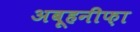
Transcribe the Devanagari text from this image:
अबूहनीफ़ा